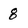
Character: 8